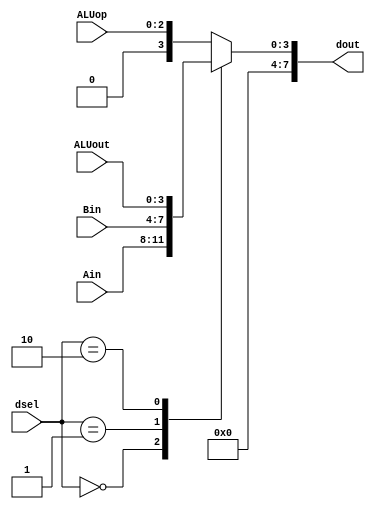
// Written on: 18 April 2022 (Mon)
// Title: Debug Interface

module Debug_Interface (
	input [3:0] Ain, Bin, ALUout,
	input [2:0] ALUop,
	input [1:0] dsel,
	output reg [7:0] dout
);

	always@(dsel, Ain, Bin, ALUout, ALUop)
		case(dsel)
			2'b00: dout = {4'b0000, Ain};
			2'b01: dout = {4'b0000, Bin};
			2'b10: dout = {4'b0000, ALUout};
			default: dout = {5'b00000, ALUop};
		endcase

endmodule